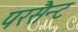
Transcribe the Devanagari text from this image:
परसैन्ट